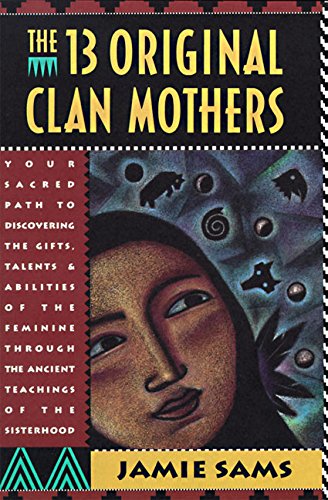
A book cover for The Thirteen Original Clan Mothers: Your Sacred Path to Discovering the Gifts, Talents, and Abilities of the Feminine Through the Ancient Teachings of the Sisterhood; Jamie Sams; Religion & Spirituality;